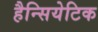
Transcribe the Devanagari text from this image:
हैन्सियेटिक